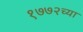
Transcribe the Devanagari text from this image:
१७७२च्या